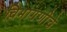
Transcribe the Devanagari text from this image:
विभागणीचे